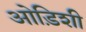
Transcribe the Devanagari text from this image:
ओड़िशी